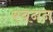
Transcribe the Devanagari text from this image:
स्वनन